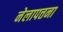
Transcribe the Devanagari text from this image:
नेलापत्तना